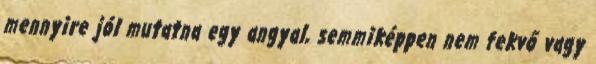
mennyire jól mutatna egy angyal, semmiképpen nem fekvő vagy